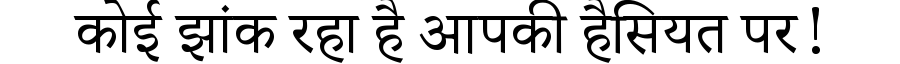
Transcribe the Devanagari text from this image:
कोई झांक रहा है आपकी हैसियत पर!